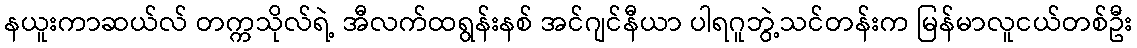
နယူးကာဆယ်လ် တက္ကသိုလ်ရဲ့ အီလက်ထရွန်းနစ် အင်ဂျင်နီယာ ပါရဂူဘွဲ့သင်တန်းက မြန်မာလူငယ်တစ်ဦး